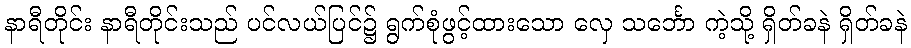
နာရီတိုင်း နာရီတိုင်းသည် ပင်လယ်ပြင်၌ ရွက်စုံဖွင့်ထားသော လှေ သင်္ဘော ကဲ့သို့ ရှိတ်ခနဲ ရှိတ်ခနဲ